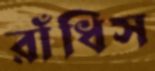
রাঁধিস